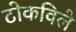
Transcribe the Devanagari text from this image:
टोकविले